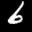
Label: 6